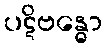
ပဋိဗန္ဓော